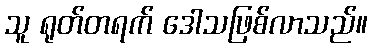
သူ ရုတ်တရက် ဒေါသဖြစ်လာသည်။